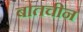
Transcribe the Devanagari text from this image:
बातचीन